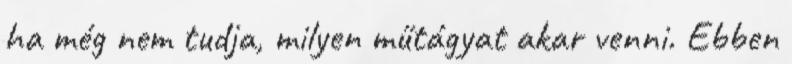
ha még nem tudja, milyen műtágyat akar venni. Ebben